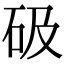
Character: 砐